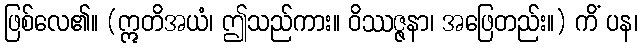
ဖြစ်လေ၏။ (ဣတိအယံ၊ ဤသည်ကား။ ဝိဿဇ္ဇနာ၊ အဖြေတည်း။) ကိံ ပန၊